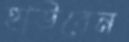
হাউবেন